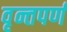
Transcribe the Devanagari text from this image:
वृन्तपर्ण